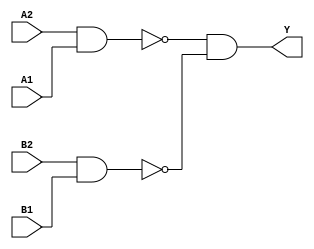
module sky130_fd_sc_ls__a22oi (
    Y ,
    A1,
    A2,
    B1,
    B2
);

    // Module ports
    output Y ;
    input  A1;
    input  A2;
    input  B1;
    input  B2;

    // Module supplies
    supply1 VPWR;
    supply0 VGND;
    supply1 VPB ;
    supply0 VNB ;

    // Local signals
    wire nand0_out ;
    wire nand1_out ;
    wire and0_out_Y;

    //   Name   Output      Other arguments
    nand nand0 (nand0_out , A2, A1              );
    nand nand1 (nand1_out , B2, B1              );
    and  and0  (and0_out_Y, nand0_out, nand1_out);
    buf  buf0  (Y         , and0_out_Y          );

endmodule